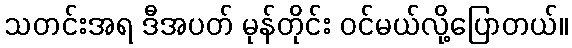
သတင်းအရ ဒီအပတ် မုန်တိုင်း ဝင်မယ်လို့ပြောတယ်။